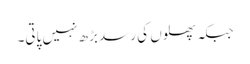
جبکہ پھلوں کی رسد بڑھ نہیں پاتی۔